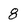
Character: 8